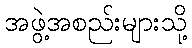
အဖွဲ့အစည်းများသို့